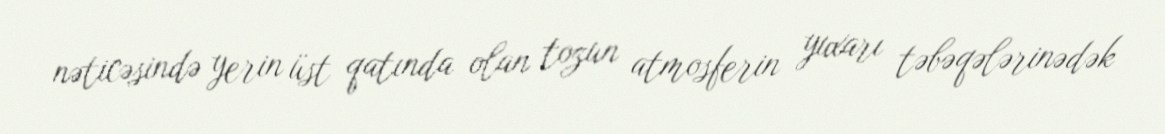
nəticəsində yerin üst qatında olan tozun atmosferin yuxarı təbəqələrinədək